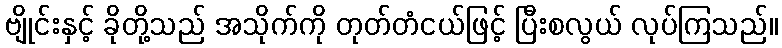
ဗျိုင်းနှင့် ခိုတို့သည် အသိုက်ကို တုတ်တံငယ်ဖြင့် ပြီးစလွယ် လုပ်ကြသည်။